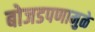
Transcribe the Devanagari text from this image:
बोजडपणामुळे